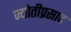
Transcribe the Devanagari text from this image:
ज्योतीप्रसाद